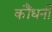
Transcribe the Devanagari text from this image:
कौंधनी